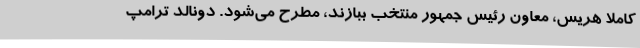
کاملا هریس، معاون رئیس جمهور منتخب ببازند، مطرح می‌شود. دونالد ترامپ